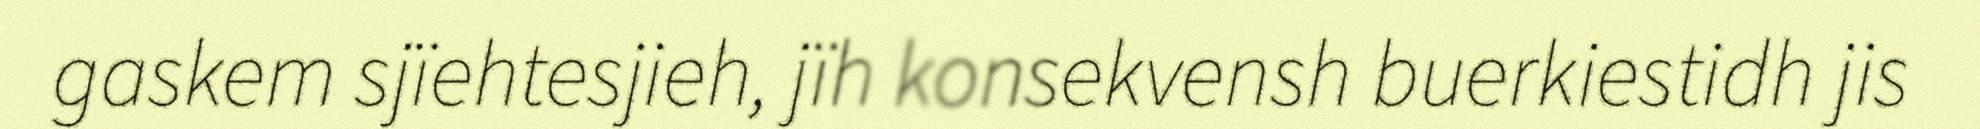
gaskem sjïehtesjieh, jïh konsekvensh buerkiestidh jis